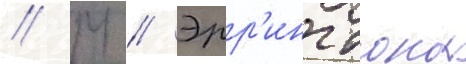
// М // Эрр'ингтона